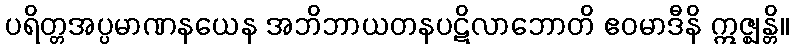
ပရိတ္တအပ္ပမာဏနယေန အဘိဘာယတနပဋိလာဘောတိ ဧဝမာဒီနိ ဣဇ္ဈန္တိ။